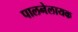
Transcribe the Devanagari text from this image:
पालनेलायक